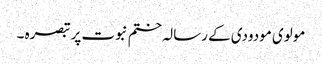
مولوی مودودی کے رسالہ ختم نبوت پر تبصرہ ۔